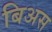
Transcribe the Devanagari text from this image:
बिअस